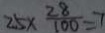
2 5 \times \frac { 2 8 } { 1 0 0 } = 7